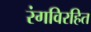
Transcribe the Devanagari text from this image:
रंगविरहित